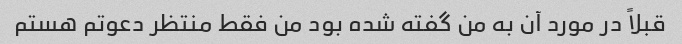
قبلاً در مورد آن به من گفته شده بود من فقط منتظر دعوتم هستم